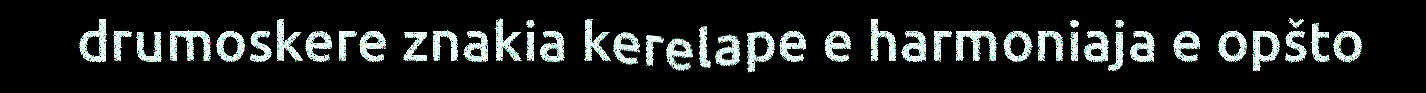
drumoskere znakia kerelape e harmoniaja e opšto